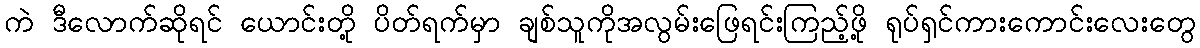
ကဲ ဒီလောက်ဆိုရင် ယောင်းတို့ ပိတ်ရက်မှာ ချစ်သူကိုအလွမ်းဖြေရင်းကြည့်ဖို့ ရုပ်ရှင်ကားကောင်းလေးတွေ